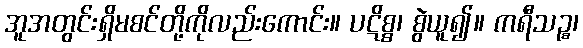
အူအတွင်းရှိမစင်တို့ကိုလည်းကောင်း။ ပဋိစ္စ၊ စွဲယူ၍။ ကရီသဉ္စ၊